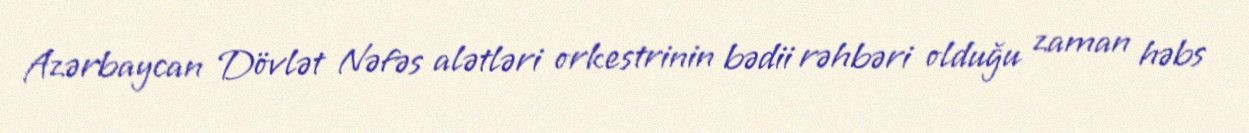
Azərbaycan Dövlət Nəfəs alətləri orkestrinin bədii rəhbəri olduğu zaman həbs